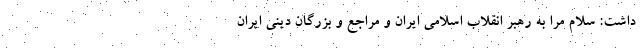
داشت: سلام مرا به رهبر انقلاب اسلامی ایران و مراجع و بزرگان دینی ایران